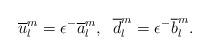
LaTeX: \begin{align*}\overline{u}_{l}^{m}=\mathbf{\epsilon }^{-}\overline{a}_{l}^{m},\;\;\overline{d}_{l}^{m}=\mathbf{\epsilon }^{-}\overline{b}_{l}^{m}.\end{align*}